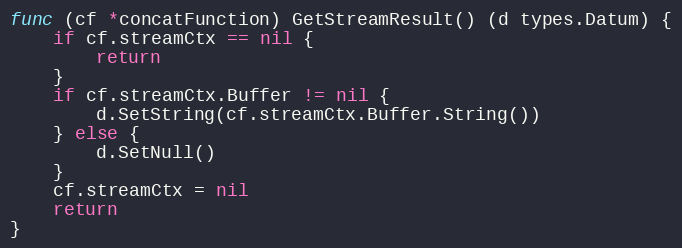
Language: Go
func (cf *concatFunction) GetStreamResult() (d types.Datum) {
	if cf.streamCtx == nil {
		return
	}
	if cf.streamCtx.Buffer != nil {
		d.SetString(cf.streamCtx.Buffer.String())
	} else {
		d.SetNull()
	}
	cf.streamCtx = nil
	return
}